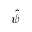
\hat { \psi }